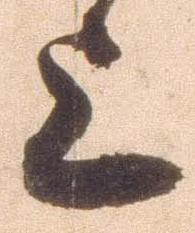
上